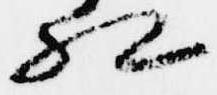
相